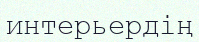
интерьердің